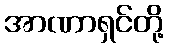
အာဏာရှင်တို့